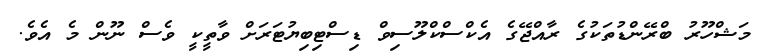
މަޝްހޫރު ބްރޭންޑުތަކުގެ ރާއްޖޭގެ އެކްސްކްލޫސިވް ޑިސްޓިބިޔުޓަރަށް ވާތީކީ ވެސް ނޫން މެ އެވެ.